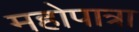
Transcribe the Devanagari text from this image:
महोपात्रा